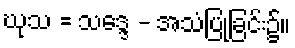
ဃုသ = သဒ္ဒေ - အသံပြုခြင်း၌။